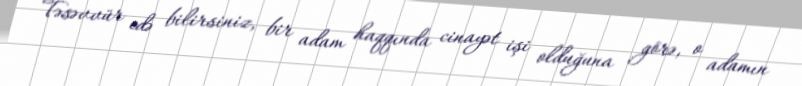
Təsəvvür edə bilirsiniz, bir adam haqqında cinayət işi olduğuna görə, o adamın